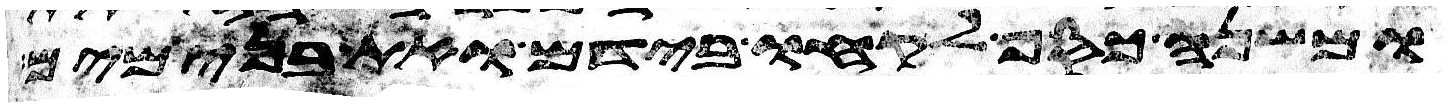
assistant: ומשנה כסף לקחו בידם ואת בנימים